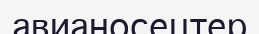
авианосецтер